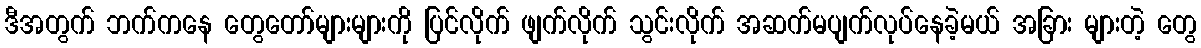
ဒီအတွက် ဘက်ကနေ တွေတော်များများကို ပြင်လိုက် ဖျက်လိုက် သွင်းလိုက် အဆက်မပျက်လုပ်နေခဲ့မယ် အခြား များတဲ့ တွေ